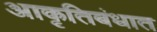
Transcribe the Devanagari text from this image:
आकृतिबंधात